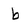
Character: b